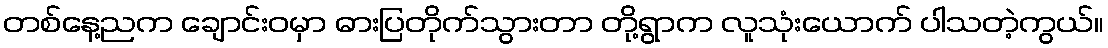
တစ်နေ့ညက ချောင်းဝမှာ ဓားပြတိုက်သွားတာ တို့ရွာက လူသုံးယောက် ပါသတဲ့ကွယ်။